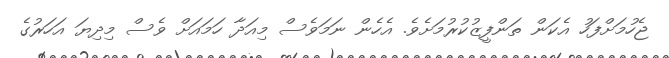
ޖެހުމަށްފަހު އެކަން ތަންފީޒުކުރުމަށެވެ. އެހެން ނަމަވެސް މިއަދާ ހަމައަށް ވެސް މިދިޔަ އަހަރުގެ